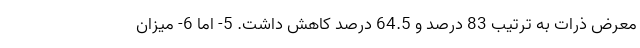
معرض ذرات به ترتیب 83 درصد و 64.5 درصد کاهش داشت. 5- اما 6- میزان